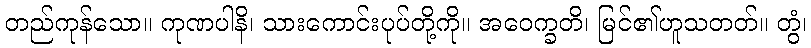
တည်ကုန်သော။ ကုဏပါနိ၊ သားကောင်းပုပ်တို့ကို။ အဝေက္ခတိ၊ မြင်၏ဟူသတတ်။ တွံ၊